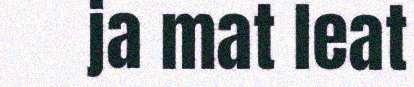
ja mat leat